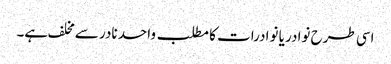
اسی طرح نوادر یا نوادرات کا مطلب واحد نادر سے مخلف ہے۔